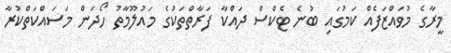
މީރާގެ މުވައްޒަފެއް ކަމުގައި ބުނެ ޓެކްސް ދައްކާ ފަރާތްތަކުގެ މައުލޫމާތު ހޯދަން މަސައްކަތްކުރާ